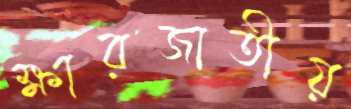
ক্ষারজাতীয়